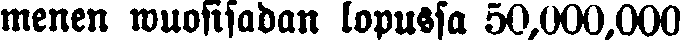
menen wuosisadan lopussa 50,000,000